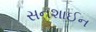
સનશાઈન